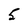
Character: 5